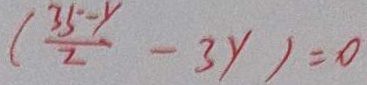
( \frac { 3 5 - y } { 2 } - 3 y ) = 0